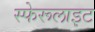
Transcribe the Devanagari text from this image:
स्फेरूलाइट